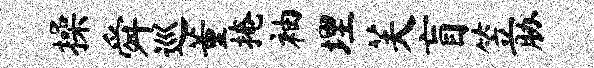
操舜巡董掩袖埋芙盲笠胁